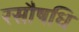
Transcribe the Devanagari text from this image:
रसौषधि